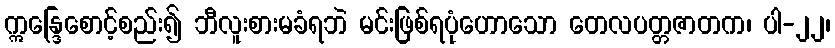
ဣန္ဒြေစောင့်စည်း၍ ဘီလူးစားမခံရဘဲ မင်းဖြစ်ရပုံဟောသော တေလပတ္တဇာတက၊ ပါ-၂၂၊